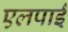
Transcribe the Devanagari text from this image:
एलपाईं